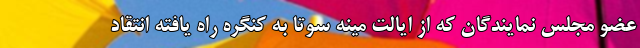
عضو مجلس نمایندگان که از ایالت مینه سوتا به کنگره راه یافته انتقاد